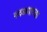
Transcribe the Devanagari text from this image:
गवळ्याच्या